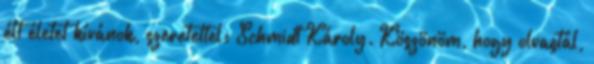
élt életet kívánok, szeretettel: Schmidt Károly. Köszönöm, hogy olvastál,